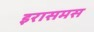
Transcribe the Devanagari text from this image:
इरासमस